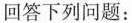
回答下列问题：